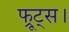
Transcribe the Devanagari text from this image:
फ्रूट्स।